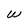
Character: w